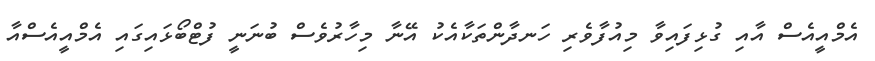
އެމްއީއެސް އާއި ގުޅިފައިވާ މިއުފާވެރި ހަނދާންތަކާއެކު އޭނާ މިހާރުވެސް ބުނަނީ ފުޓްބޯޅައިގައި އެމްއީއެސްއާ